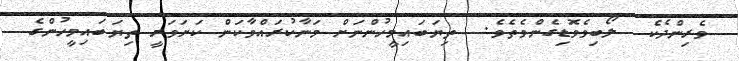
ވެރިންދެކެ  ލޯބިވެވޮޑިގެންވެތެވެ.  ތިޔަބައިމީހުންނަށް މަނާކުރައްވާކަން ކަށަވަރީ ތިޔަބައިމީހުންގެ